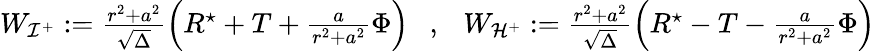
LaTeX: \begin{array}{r}{W_{\mathcal{I}^{+}}:=\frac{{r^{2}+a^{2}}}{\sqrt{\Delta}}\left(R^{\star}+T+\frac{a}{r^{2}+a^{2}}\Phi\right)\ \ \ ,\ \ \ W_{\mathcal{H}^{+}}:=\frac{{r^{2}+a^{2}}}{\sqrt{\Delta}}\left(R^{\star}-T-\frac{a}{r^{2}+a^{2}}\Phi\right)\, }\end{array}